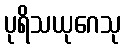
ပုရိသယုဂေသု